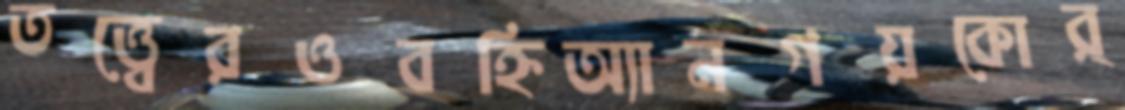
তত্ত্বেরওবহ্নিঅ্যানগয়কোর্